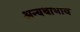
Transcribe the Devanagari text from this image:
अन्यथाभाव